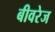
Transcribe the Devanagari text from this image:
बीवरेज